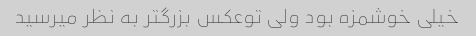
خیلی خوشمزه بود ولی توعکس بزرگتر به نظر میرسید